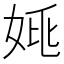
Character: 𡜞